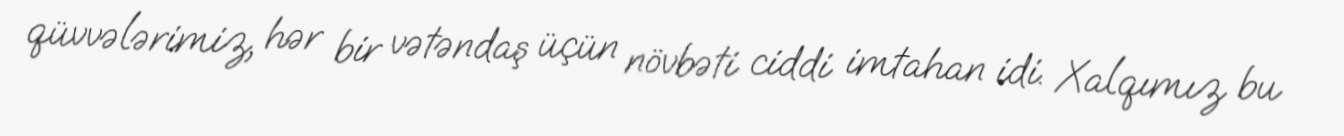
qüvvələrimiz, hər bir vətəndaş üçün növbəti ciddi imtahan idi. Xalqımız bu